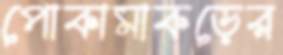
পোকামাকড়ের